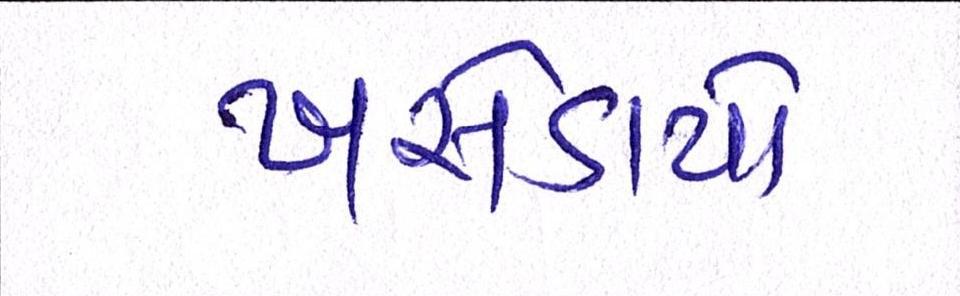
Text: ખસેડાયો